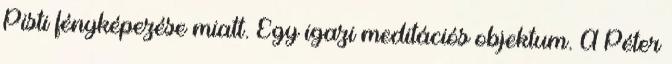
Pisti fényképezése miatt. Egy igazi meditációs objektum. A Péter